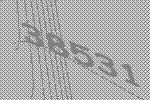
38531